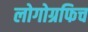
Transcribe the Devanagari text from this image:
लोगोग्रफिच